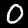
Label: 0